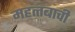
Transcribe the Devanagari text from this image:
महत्त्बाची